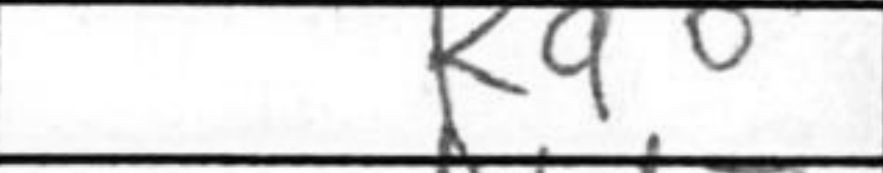
Transcription: Kd6